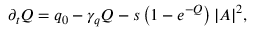
\partial _ { t } Q = q _ { 0 } - \gamma _ { q } Q - s \left( 1 - e ^ { - Q } \right) | A | ^ { 2 } ,